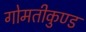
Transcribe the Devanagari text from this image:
गोमतीकुण्ड